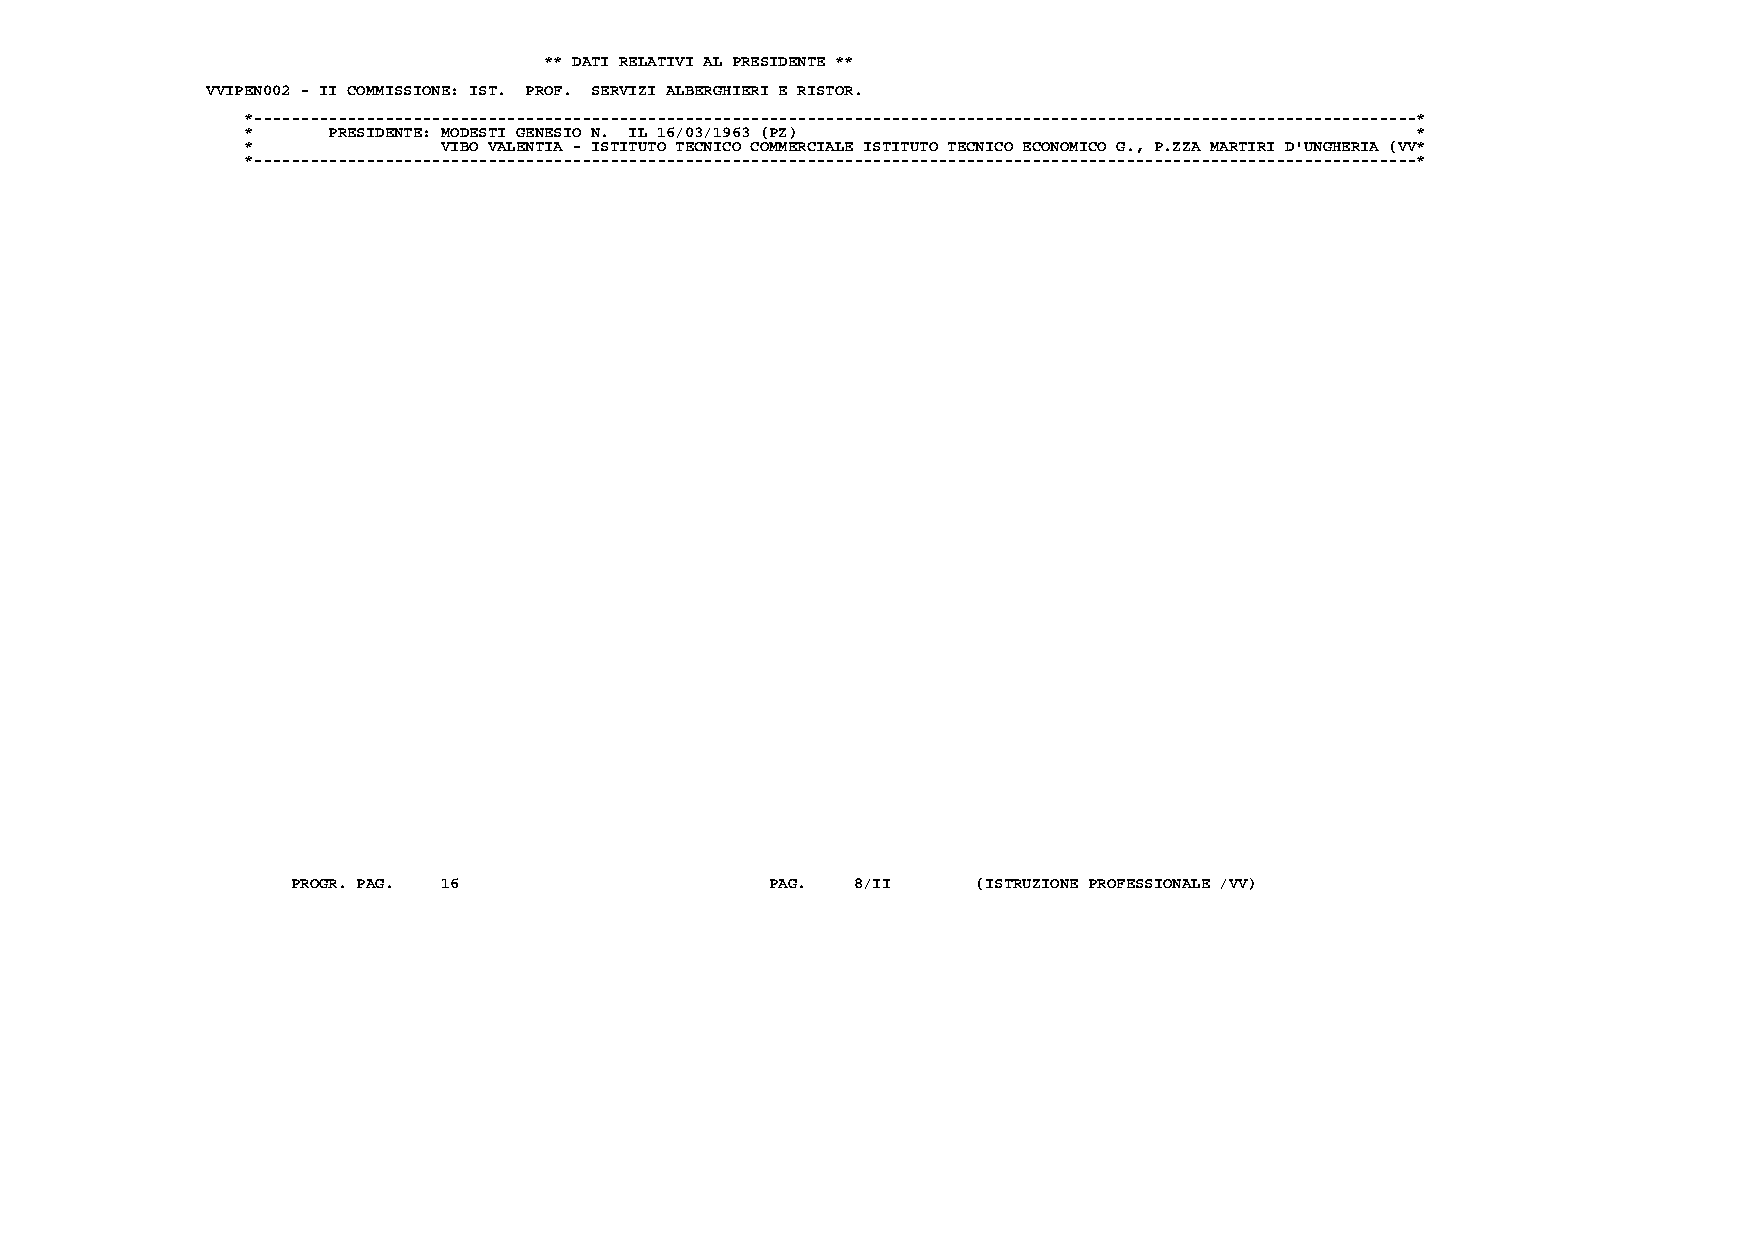
** DATI RELATIVI AL PRESIDENTE **
 VVIPEN002 - II COMMISSIONE: IST. PROF. SERVIZI ALBERGHIERI E RISTOR.
 *----------------------------------------------------------------------------------------------------------------------------*
 *     PRESIDENTE: MODESTI GENESIO N. IL 16/03/1963 (PZ)                       *
 *            VIBO VALENTIA - ISTITUTO TECNICO COMMERCIALE ISTITUTO TECNICO ECONOMICO G., P.ZZA MARTIRI D'UNGHERIA (VV*
 *----------------------------------------------------------------------------------------------------------------------------*
 PROGR. PAG. 16                  PAG. 8/II     (ISTRUZIONE PROFESSIONALE /VV)